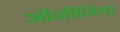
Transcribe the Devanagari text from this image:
ऑजीजिया